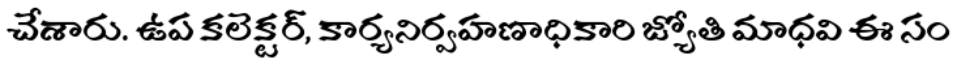
చేశారు. ఉప కలెక్టర్, కార్యనిర్వహణాధికారి జ్యోతి మాధవి ఈ సం